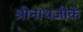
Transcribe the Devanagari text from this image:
श्रीनाथजीके